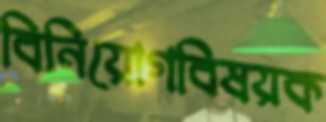
বিনিয়োগবিষয়ক